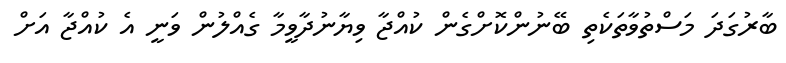
ބާރުގަދަ މަސްތުވާތަކެތި ބޭނުންކޮށްގެން ކުއްޖާ ވިޔާނުދާވީމާ ގެއްލުން ވަނީ އެ ކުއްޖާ އަށް